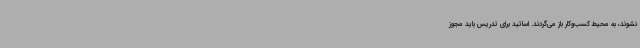
نشوند، به محیط کسب‌وکار باز می‌گردند. اساتید برای تدریس باید مجوز